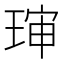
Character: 㻘